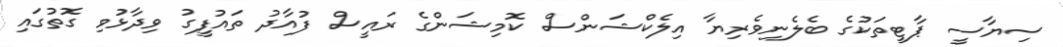
ސިޔާސީ ޕާޓީތަކުގެ ބެލެނިވެރިޔާ އިލެކްޝަންސް ކޮމިޝަންގެ ރައީސް ފުއާދު ތައުފީގު ވިދާޅުވި ގޮތުގައި